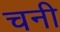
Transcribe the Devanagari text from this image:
चनी